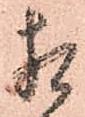
相